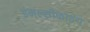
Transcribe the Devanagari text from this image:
इमल्सीफाइंग